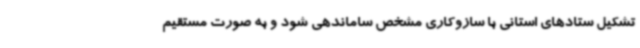
تشکیل ستادهای استانی با سازوکاری مشخص ساماندهی شود و به صورت مستقیم